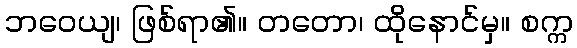
ဘဝေယျ၊ ဖြစ်ရာ၏။ တတော၊ ထိုနောင်မှ။ စက္က